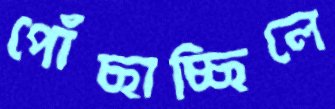
পোঁছাচ্ছিলে